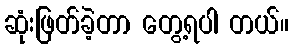
ဆုံးဖြတ်ခဲ့တာ တွေ့ရပါ တယ်။